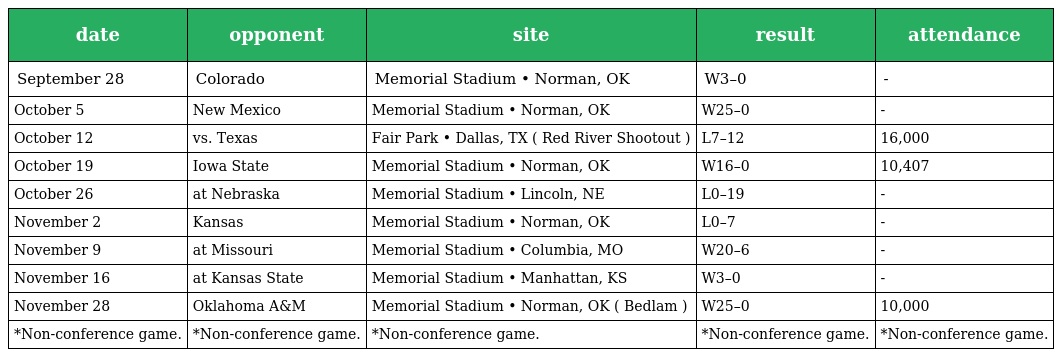
| date | opponent | site | result | attendance |
 | --- | --- | --- | --- | --- |
 | September 28 | Colorado | Memorial Stadium • Norman, OK | W3–0 | - |
 | October 5 | New Mexico | Memorial Stadium • Norman, OK | W25–0 | - |
 | October 12 | vs. Texas | Fair Park • Dallas, TX ( Red River Shootout ) | L7–12 | 16,000 |
 | October 19 | Iowa State | Memorial Stadium • Norman, OK | W16–0 | 10,407 |
 | October 26 | at Nebraska | Memorial Stadium • Lincoln, NE | L0–19 | - |
 | November 2 | Kansas | Memorial Stadium • Norman, OK | L0–7 | - |
 | November 9 | at Missouri | Memorial Stadium • Columbia, MO | W20–6 | - |
 | November 16 | at Kansas State | Memorial Stadium • Manhattan, KS | W3–0 | - |
 | November 28 | Oklahoma A&M | Memorial Stadium • Norman, OK ( Bedlam ) | W25–0 | 10,000 |
 | *Non-conference game. | *Non-conference game. | *Non-conference game. | *Non-conference game. | *Non-conference game. |